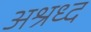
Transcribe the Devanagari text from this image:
अश्रध्द